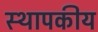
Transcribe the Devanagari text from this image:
स्थापकीय